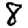
Digit: 8